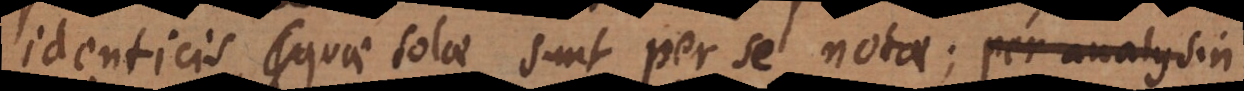
identicis, quae solae sunt per se notae; per analysin